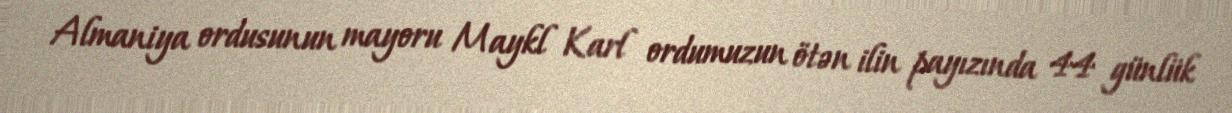
Almaniya ordusunun mayoru Maykl Karl ordumuzun ötən ilin payızında 44 günlük